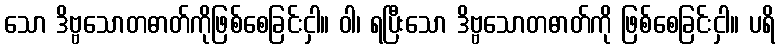
သော ဒိဗ္ဗသောတဓာတ်ကိုဖြစ်စေခြင်းငှါ။ ဝါ၊ ရပြီးသော ဒိဗ္ဗသောတဓာတ်ကို ဖြစ်စေခြင်းငှါ။ ပရိ